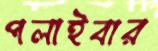
পলাইবার